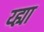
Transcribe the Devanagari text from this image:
य्ह्या